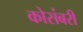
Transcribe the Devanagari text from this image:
कोसंबरी